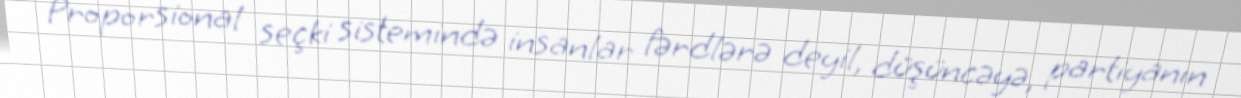
Proporsional seçki sistemində insanlar fərdlərə deyil, düşüncəyə, partiyanın